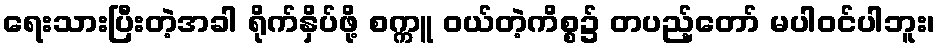
ရေးသားပြီးတဲ့အခါ ရိုက်နှိပ်ဖို့ စက္ကူ ဝယ်တဲ့ကိစ္စ၌ တပည့်တော် မပါဝင်ပါဘူး၊